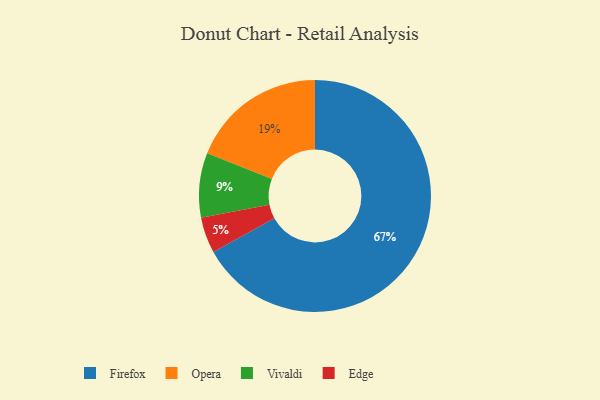
{"axis": {"x": "Category", "y": "Percentage"}, "legend": ["Edge", "Firefox", "Opera", "Vivaldi"], "data": [{"x": "Edge", "y": 5, "type": "Edge"}, {"x": "Opera", "y": 19, "type": "Opera"}, {"x": "Vivaldi", "y": 9, "type": "Vivaldi"}, {"x": "Firefox", "y": 67, "type": "Firefox"}]}